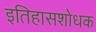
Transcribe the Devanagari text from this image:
इतिहासशोधक